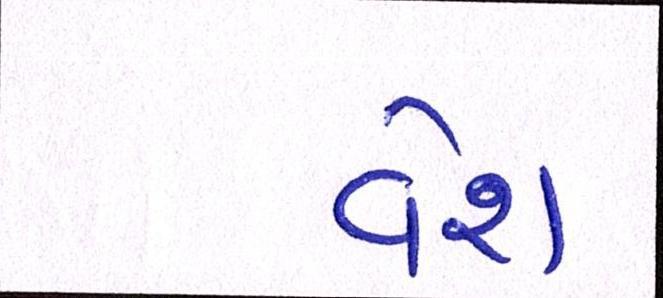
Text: વેશ